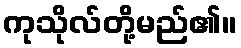
ကုသိုလ်တို့မည်၏။